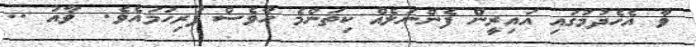
ވާ އެހެދުމުގައި އައިރީން ފެންނަލެއް ކިތަންމެ ހާވެސް ފުރިހަމައެވެ.  ވާއު ..